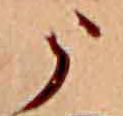
う